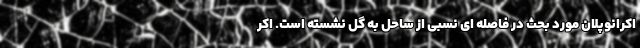
اکرانوپلان مورد بحث در فاصله ای نسبی از ساحل به گل نشسته است. اکر